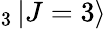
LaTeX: _3\mathinner{|{J=3}\rangle}